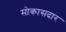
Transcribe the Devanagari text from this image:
मोकासदार